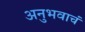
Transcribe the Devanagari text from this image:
अनुभवाचं